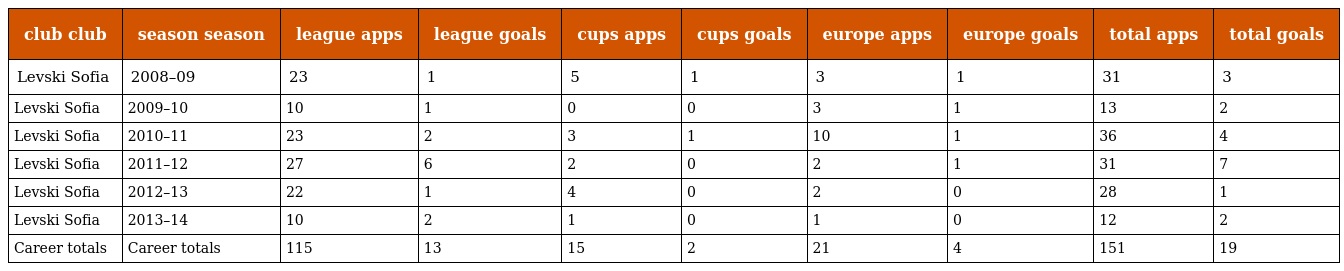
| club club | season season | league apps | league goals | cups apps | cups goals | europe apps | europe goals | total apps | total goals |
 | --- | --- | --- | --- | --- | --- | --- | --- | --- | --- |
 | Levski Sofia | 2008–09 | 23 | 1 | 5 | 1 | 3 | 1 | 31 | 3 |
 | Levski Sofia | 2009–10 | 10 | 1 | 0 | 0 | 3 | 1 | 13 | 2 |
 | Levski Sofia | 2010–11 | 23 | 2 | 3 | 1 | 10 | 1 | 36 | 4 |
 | Levski Sofia | 2011–12 | 27 | 6 | 2 | 0 | 2 | 1 | 31 | 7 |
 | Levski Sofia | 2012–13 | 22 | 1 | 4 | 0 | 2 | 0 | 28 | 1 |
 | Levski Sofia | 2013–14 | 10 | 2 | 1 | 0 | 1 | 0 | 12 | 2 |
 | Career totals | Career totals | 115 | 13 | 15 | 2 | 21 | 4 | 151 | 19 |